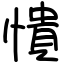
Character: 憒